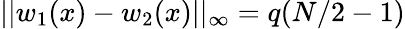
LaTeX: ||w_{1}(x)-w_{2}(x)||_{\infty}=q(N/2-1)